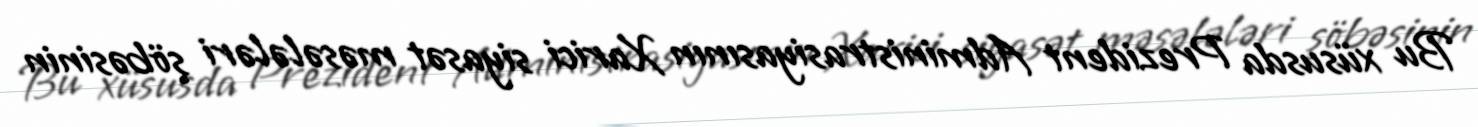
Bu xüsusda Prezident Administrasiyasının Xarici siyasət məsələləri şöbəsinin